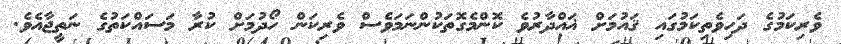
ވެރިކަމުގެ ދަހިވެތިކަމުގައި ޤައުމަށް ޣަައްދާރުވެ ކޮންމެގޮތަކުންނަމަވެސް ވެރިކަން ހޯދުމަށް ކުރާ މަސައްކަތުގެ ނަތީޖާއެވެ.